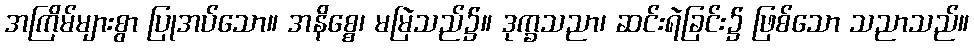
အကြိမ်များစွာ ပြုအပ်သော။ အနိစ္စေ၊ မမြဲသည်၌။ ဒုက္ခသညာ၊ ဆင်းရဲခြင်း၌ ဖြစ်သော သညာသည်။